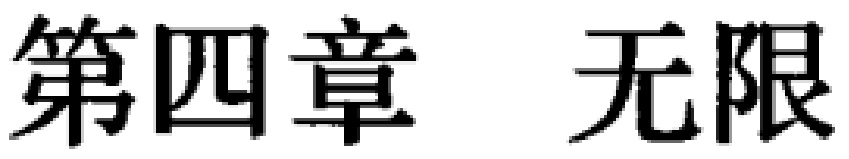
第四章 无限